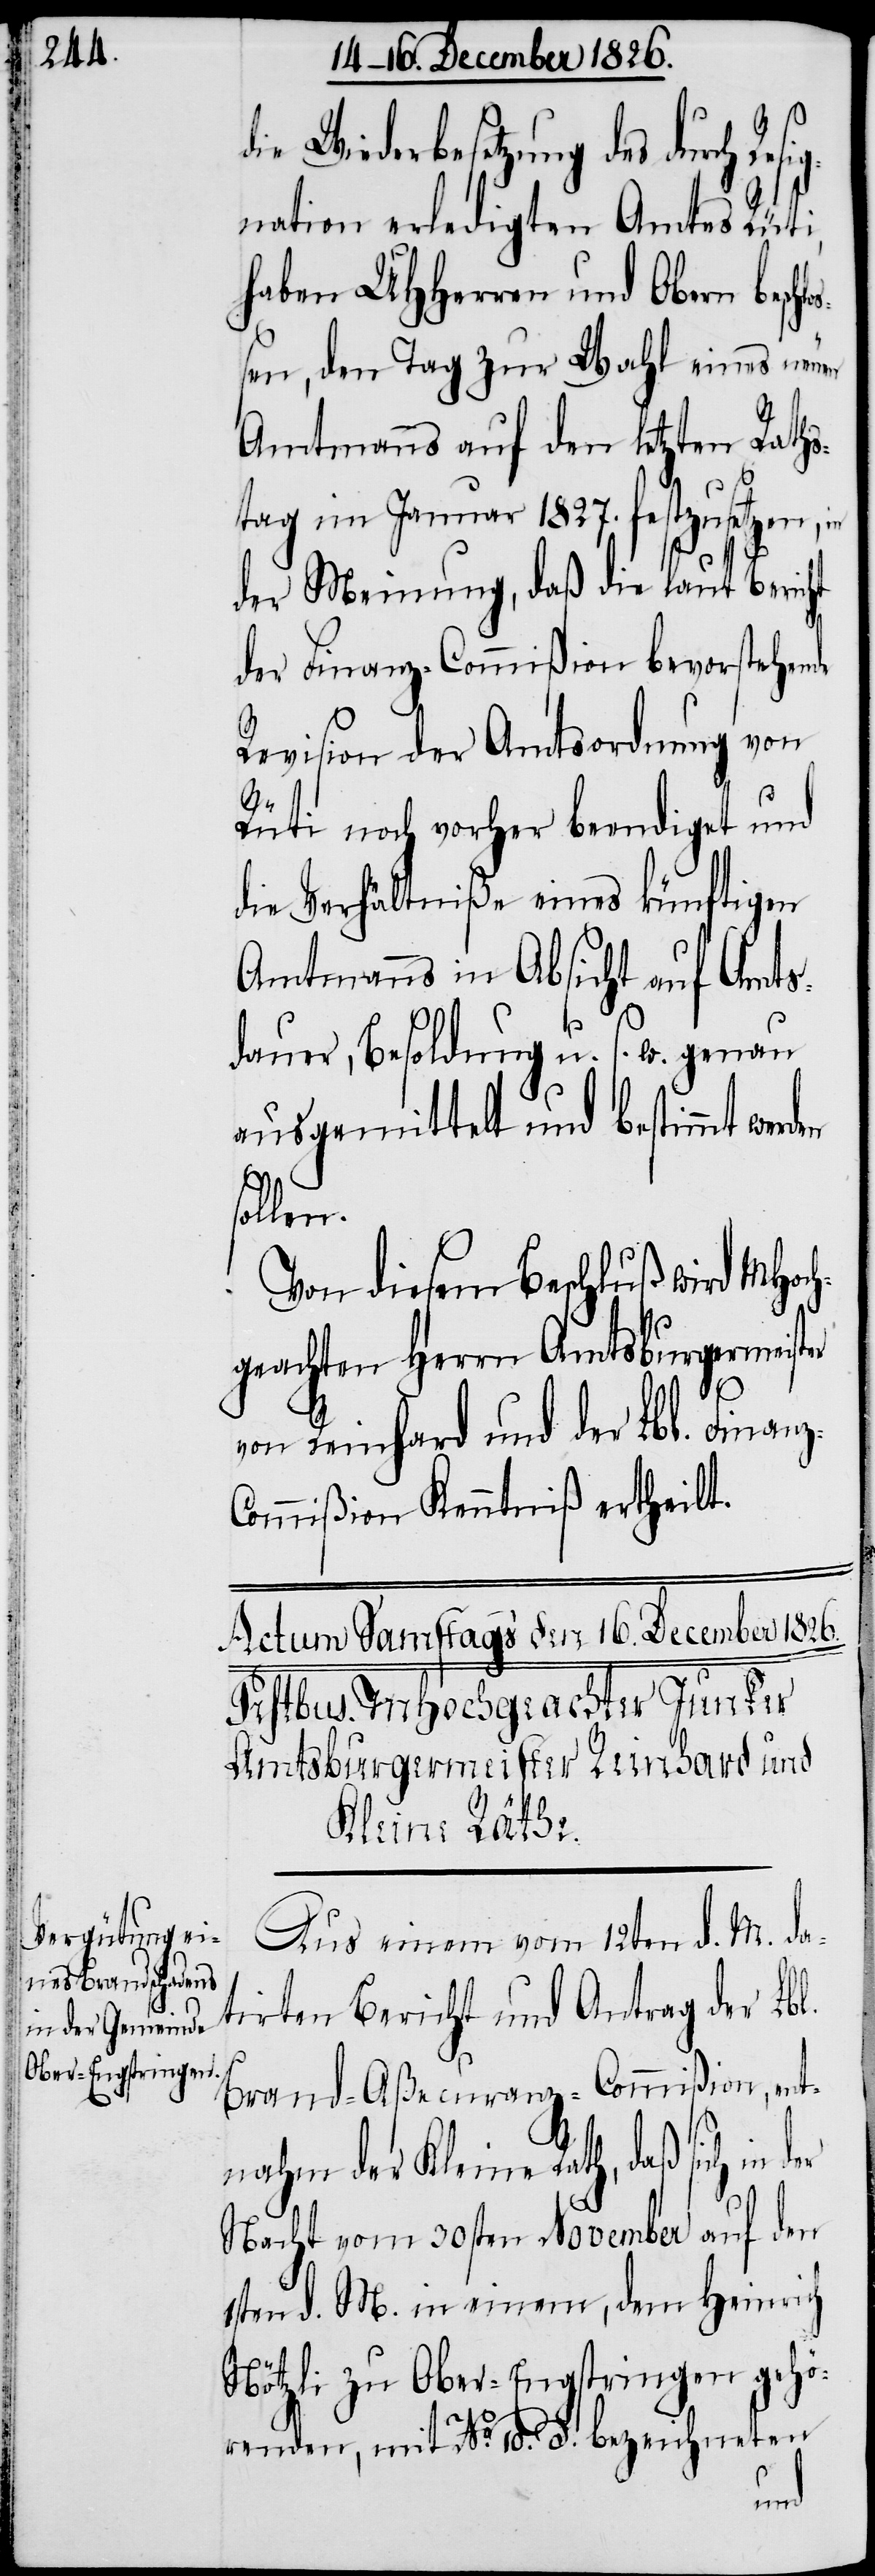
Wiederbesetzung des durch
nation erledigten Amtes Rüti,
haben UHHerren und Obern beschl¬
oßen, den Tag zur Wahl eines neuen
Amtmanns auf den letzten Raths¬
tag im Januar 1827. festzusetzen,
der Meinung, daß die laut Bericht
der Finanz-Commißion bevorstehen¬
de
Revision der Amtsordnung von
Re¬
Rüti noch vorher beendiget und
die Verhältniße eines künftigen
Amtmanns in Absicht auf Amts¬
er
s¬
dauer, Besoldung u. s. w. genau
ausgemittelt und bestimmt wer¬
ollen.
Von diesem Beschluß wird MHoch¬
geachten Herren Amtsburgermeister
von Reinhard und der Lbl. Finan¬
ommißion Kenntniß ertheilt.
Aus einem vom 12ten d. M. da¬
tirten Bericht und Antrag der Lbl.
Brand-Aßecuranz-Commißion, ent¬
nahm der Kleine Rath, daß sich in d¬
Nacht vom 30sten November auf den
1sten d. M. in einem, dem Heinrich
Nötzli zu Ober-Engstringen gehö¬
renden, mit No. 10. d. bezeichneten